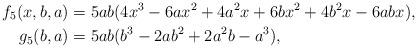
LaTeX: \begin{align*} f_5(x,b,a) &= 5ab (4x^3 - 6ax^2 + 4a^2x + 6bx^2 + 4b^2x - 6abx), \\g_5(b,a) &= 5ab (b^3 - 2ab^2 + 2a^2b - a^3),\end{align*}